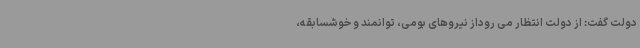
دولت گفت: از دولت انتظار می روداز نیروهای بومی، توانمند و خوشسابقه،